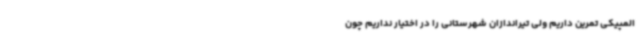
المپیکی تمرین داریم ولی تیراندازان شهرستانی را در اختیار نداریم چون